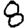
Digit: 8